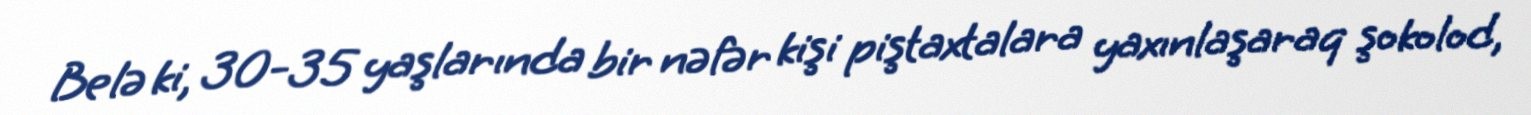
Belə ki, 30-35 yaşlarında bir nəfər kişi piştaxtalara yaxınlaşaraq şokolod,